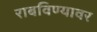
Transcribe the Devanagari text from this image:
राबविण्यावर